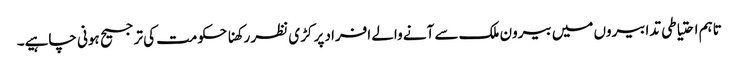
تاہم احتیاطی تدابیروں میں بیرون ملک سے آنے والے افراد پر کڑی نظر رکھنا حکومت کی ترجیح ہونی چاہیے۔